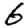
Digit: 6